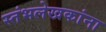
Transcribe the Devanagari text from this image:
स्तंभलेखकांना